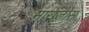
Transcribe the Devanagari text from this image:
नारांजोस